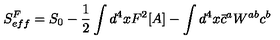
S _ { e f f } ^ { F } = S _ { 0 } - \frac { 1 } { 2 } \int d ^ { 4 } x F ^ { 2 } [ A ] - \int d ^ { 4 } x \bar { c } ^ { a } W ^ { a b } c ^ { b }